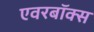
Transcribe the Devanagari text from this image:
एवरबॉक्स